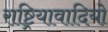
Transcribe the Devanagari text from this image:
राष्ट्रियावादियो